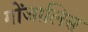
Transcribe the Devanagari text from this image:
गोंजालिस